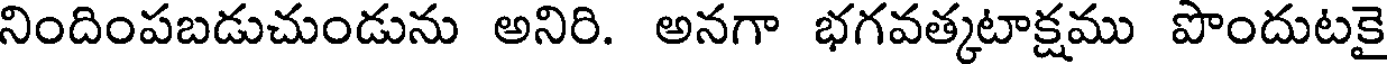
నిందింపబడుచుండును అనిరి. అనగా భగవత్కటాక్షము పొందుటకై